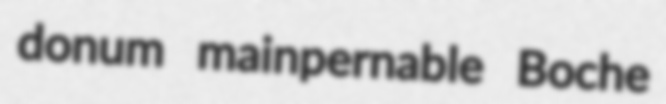
donum mainpernable Boche